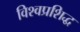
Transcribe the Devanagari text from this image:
विश्वप्रशिद्ध